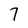
Character: 7